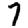
Digit: 7